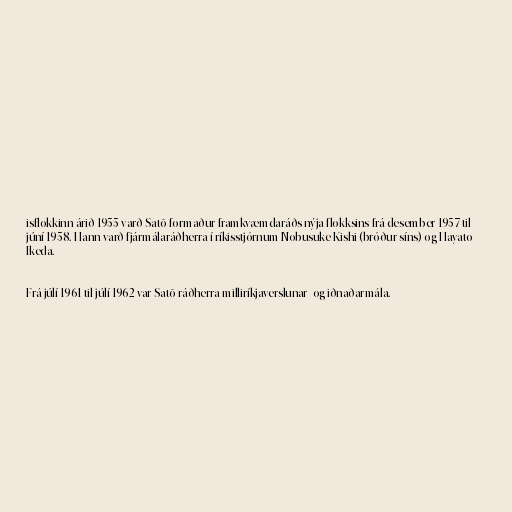
isflokkinn árið 1955 varð Satō formaður framkvæmdaráðs nýja flokksins frá desember 1957 til
júní 1958. Hann varð fjármálaráðherra í ríkisstjórnum Nobusuke Kishi (bróður síns) og Hayato
Ikeda.

Frá júlí 1961 til júlí 1962 var Satō ráðherra milliríkjaverslunar- og iðnaðarmála.